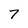
Character: 7